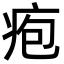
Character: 疱